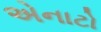
એનાટો